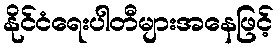
နိုင်ငံရေးပါတီများအနေဖြင့်